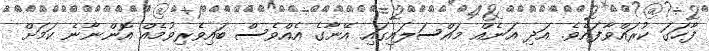
ފާހަގަ ކުރައްވާފައެވެ. އަދި އަނެއް މައްސަލައިގައި އޭނާގެ އެއްވެސް ބައިވެރިވުމެއް އޮންނާނެ ކަމަށް